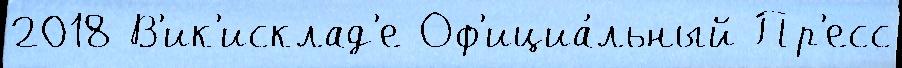
2018 В'ик'исклад'е Оф'ициа́льный Пр'есс